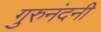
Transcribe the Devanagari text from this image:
गुरुनंदनी